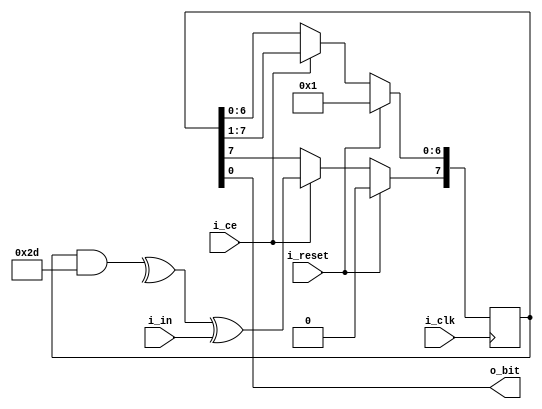
////////////////////////////////////////////////////////////////////////////////
//
//
// Project: DSP Filtering Example Project
//
// Purpose: 
//
// Creator: Dan Gisselquist, Ph.D.
//      Gisselquist Technology, LLC
//
////////////////////////////////////////////////////////////////////////////////
//
// Copyright (C) 2017-2020, Gisselquist Technology, LLC
//
// This file is part of the DSP filtering set of designs.
//
// The DSP filtering designs are free RTL designs: you can redistribute them
// and/or modify any of them under the terms of the GNU Lesser General Public
// License as published by the Free Software Foundation, either version 3 of
// the License, or (at your option) any later version.
//
// The DSP filtering designs are distributed in the hope that they will be
// useful, but WITHOUT ANY WARRANTY; without even the implied warranty of
// MERCHANTIBILITY or FITNESS FOR A PARTICULAR PURPOSE.  See the GNU Lesser
// General Public License for more details.
//
// You should have received a copy of the GNU Lesser General Public License
// along with these designs.  (It's in the $(ROOT)/doc directory.  Run make
// with no target there if the PDF file isn't present.)  If not, see
// <http://www.gnu.org/licenses/> for a copy.
//
// License: LGPL, v3, as defined and found on www.gnu.org,
//      http://www.gnu.org/licenses/lgpl.html
//
////////////////////////////////////////////////////////////////////////////////
//
//
`default_nettype    none
//
module  lfsr_fib(i_clk, i_reset, i_ce, i_in, o_bit);
    parameter       LN=8;   // LFSR Register length/polynomial deg
    parameter [(LN-1):0]    TAPS = 8'h2d,
                INITIAL_FILL = { { (LN-1){1'b0}}, 1'b1 };
    //
    input   wire            i_clk, i_reset, i_ce, i_in;
    output  wire            o_bit;

    reg [(LN-1):0]  sreg;

    initial sreg = INITIAL_FILL;
    always @(posedge i_clk)
        if (i_reset)
        begin
            sreg <= INITIAL_FILL;
        end else if (i_ce)
        begin
            sreg[(LN-2):0] <= sreg[(LN-1):1];
            sreg[(LN-1)] <= (^(sreg & TAPS)) ^ i_in;
        end

    assign  o_bit = sreg[0];

endmodule